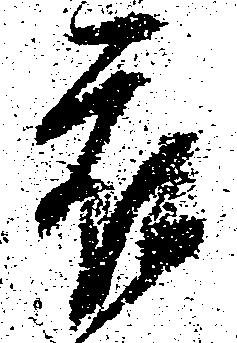
被